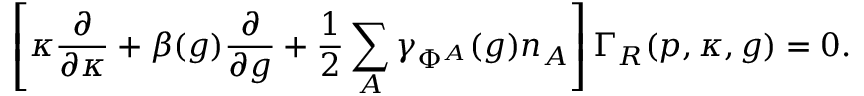
\left[ \kappa \frac { \partial } { \partial \kappa } + \beta ( g ) \frac { \partial } { \partial g } + \frac { 1 } { 2 } \sum _ { A } \gamma _ { \Phi ^ { A } } ( g ) n _ { A } \right] \Gamma _ { R } ( p , \kappa , g ) = 0 .